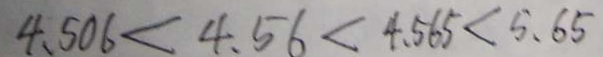
4 . 5 0 6 < 4 . 5 6 < 4 . 5 6 5 < 5 . 6 5